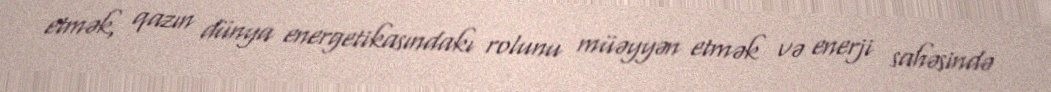
etmək, qazın dünya energetikasındakı rolunu müəyyən etmək və enerji sahəsində